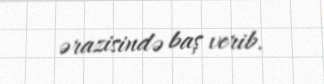
ərazisində baş verib.